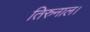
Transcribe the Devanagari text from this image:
तिरुनाल।